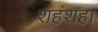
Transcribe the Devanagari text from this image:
शहंशहा